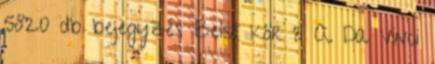
5820 db bejegyzés Belső kör 3 A Da Vinci